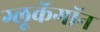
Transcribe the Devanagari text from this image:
ग्लूकॅगॉन